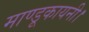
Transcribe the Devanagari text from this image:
माण्डूकायनी।